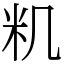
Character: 籶